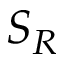
S _ { R }